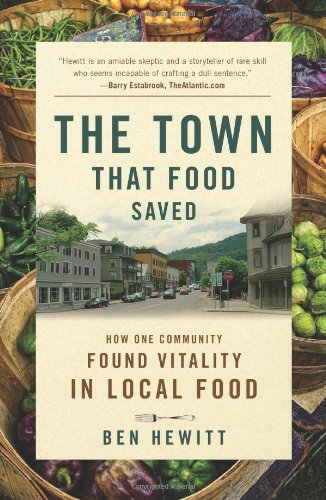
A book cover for The Town That Food Saved: How One Community Found Vitality in Local Food; Ben Hewitt; Science & Math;